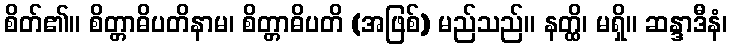
စိတ်၏။ စိတ္တာဓိပတိနာမ၊ စိတ္တာဓိပတိ (အဖြစ်) မည်သည်။ နတ္ထိ၊ မရှိ။ ဆန္ဒာဒီနံ၊